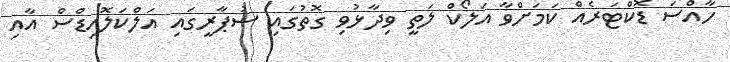
ހާއްސަ ޑޮކްޓަރެއް ކަމަށްވާ އަލޯކް ލަތީ ވިދާޅުވި ގޮތުގައި ސުޕާރީގައި އަލްކަލޮއިޑްސް އާއި